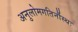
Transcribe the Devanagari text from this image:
अनुलोमगतिर्नौस्थः